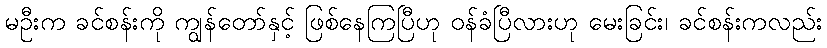
မဦးက ခင်စန်းကို ကျွန်တော်နှင့် ဖြစ်နေကြပြီဟု ဝန်ခံပြီလားဟု မေးခြင်း၊ ခင်စန်းကလည်း